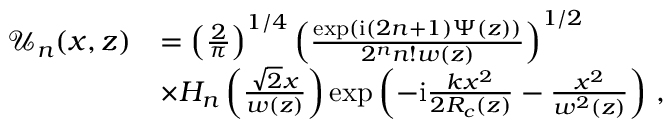
\begin{array} { r l } { \mathcal { U } _ { n } ( x , z ) } & { = \left( \frac { 2 } { \pi } \right) ^ { 1 / 4 } \left( \frac { \exp ( \mathrm { i } ( 2 n + 1 ) \Psi ( z ) ) } { 2 ^ { n } n ! w ( z ) } \right) ^ { 1 / 2 } } \\ & { \times H _ { n } \left( \frac { \sqrt { 2 } x } { w ( z ) } \right) \exp \left( - \mathrm { i } \frac { k x ^ { 2 } } { 2 R _ { c } ( z ) } - \frac { x ^ { 2 } } { w ^ { 2 } ( z ) } \right) \, , } \end{array}